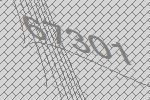
67301